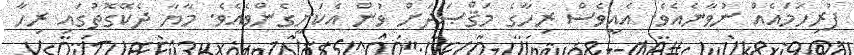
ފުރިހަމައެއް ނުވާނެއެވެ. އެއީވެސް ރިހާގެ މަޤްޞަދަށް ވުން އެކަށީގެންވެއެވެ. މާޔާ ދެކޭގޮތުގައި ރިހާ